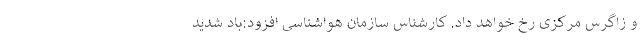
و زاگرس مرکزی رخ خواهد داد. کارشناس سازمان هواشناسی افزود:باد شدید